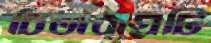
চিতাবাঘটি